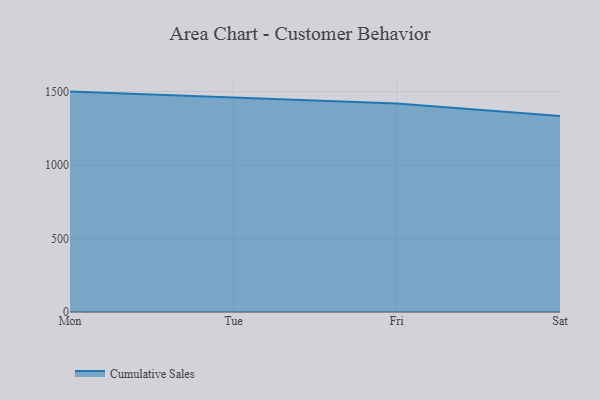
{"axis": {"x": "Day", "y": "Population (Million)"}, "legend": ["Cumulative Sales"], "data": [{"x": "Mon", "y": 1499.8, "type": "Cumulative Sales"}, {"x": "Tue", "y": 1459.8, "type": "Cumulative Sales"}, {"x": "Fri", "y": 1418.5, "type": "Cumulative Sales"}, {"x": "Sat", "y": 1333.6, "type": "Cumulative Sales"}]}